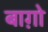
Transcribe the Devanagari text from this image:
बाग़ोे